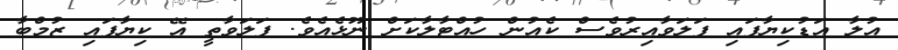
އުލާ އަޑުކިޔާފައި ފަލަވާއިރުވެސް ކެއުން ހުއްޓާލާކަށް ނޫޅެއެވެ. ފަލަވާތީ އޭ ކިޔާފައި ޒުމްބާ